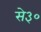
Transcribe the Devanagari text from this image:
से३०